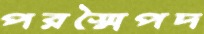
পরস্মৈপদ